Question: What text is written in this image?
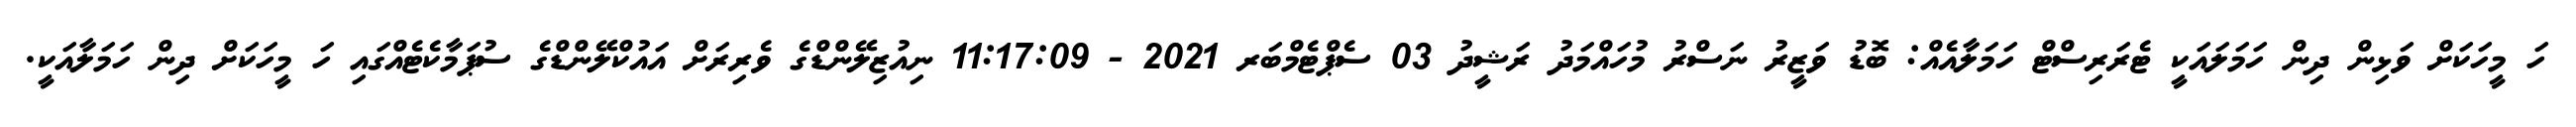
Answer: ހަ މީހަކަށް ވަޅިން ދިން ހަމަލައަކީ ޓެރަރިސްޓް ހަމަލާއެއް: ބޮޑު ވަޒީރު ނަސްރު މުހައްމަދު ރަޝީދު 03 ސެޕްޓެމްބަރ 2021 - 11:17:09 ނިއުޒިލޭންޑްގެ ވެރިރަށް އައުކްލޭންޑްގެ ސުޕަމާކެޓެއްގައި ހަ މީހަކަށް ދިން ހަމަލާއަކީ.